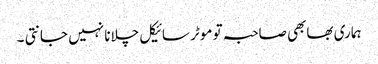
ہماری بھابھی صاحبہ تو موٹر سائیکل چلانا نہیں جانتی ۔